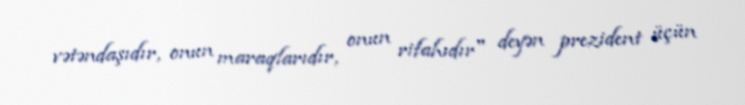
vətəndaşıdır, onun maraqlarıdır, onun rifahıdır" deyən prezident üçün